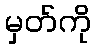
မှတ်ကို